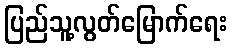
ပြည်သူ့လွတ်မြောက်ရေး